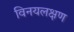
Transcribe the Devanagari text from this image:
विनयलक्षण